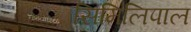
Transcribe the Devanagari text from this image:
सिमिलिपाल